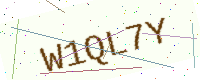
Text: W1QL7Y